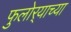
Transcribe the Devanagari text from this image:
फुलोर्‍याच्या